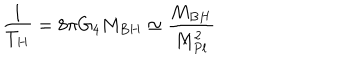
\frac { 1 } { T _ { H } } = 8 \pi G _ { 4 } M _ { B H } \simeq \frac { M _ { B H } } { M _ { P l } ^ { 2 } }